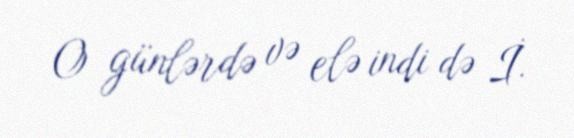
O günlərdə və elə indi də İ.